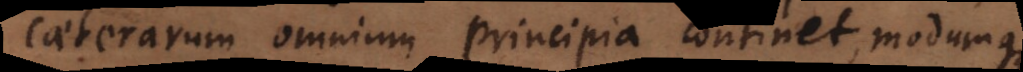
caeterarum omnium principia continet, modumque